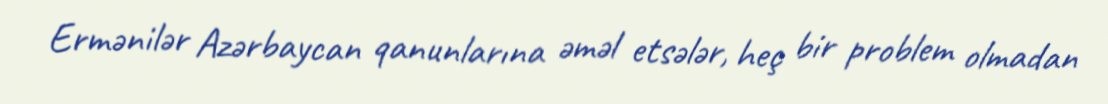
Ermənilər Azərbaycan qanunlarına əməl etsələr, heç bir problem olmadan